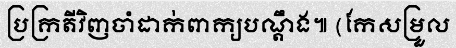
ប្រក្រតីវិញចាំដាក់ពាក្យបណ្តឹង៕ (កែសម្រួល